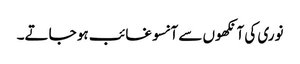
نوری کی آنکھوں سے آنسو غائب ہو جاتے۔